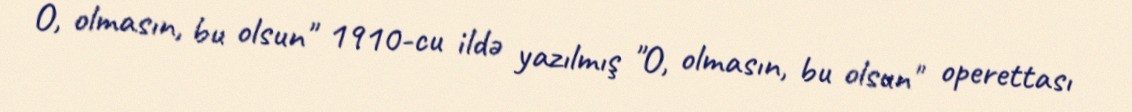
O, olmasın, bu olsun" 1910-cu ildə yazılmış "O, olmasın, bu olsun" operettası